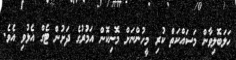
ހަލަބޮލިވާން މަސައްކަތް ކުރި މީހުންނަށް މޮނިކޮން އަމުރުގެ ދަށުން ޓެގް އެޅުވި އެވެ.